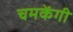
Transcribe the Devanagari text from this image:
चमकेंगी